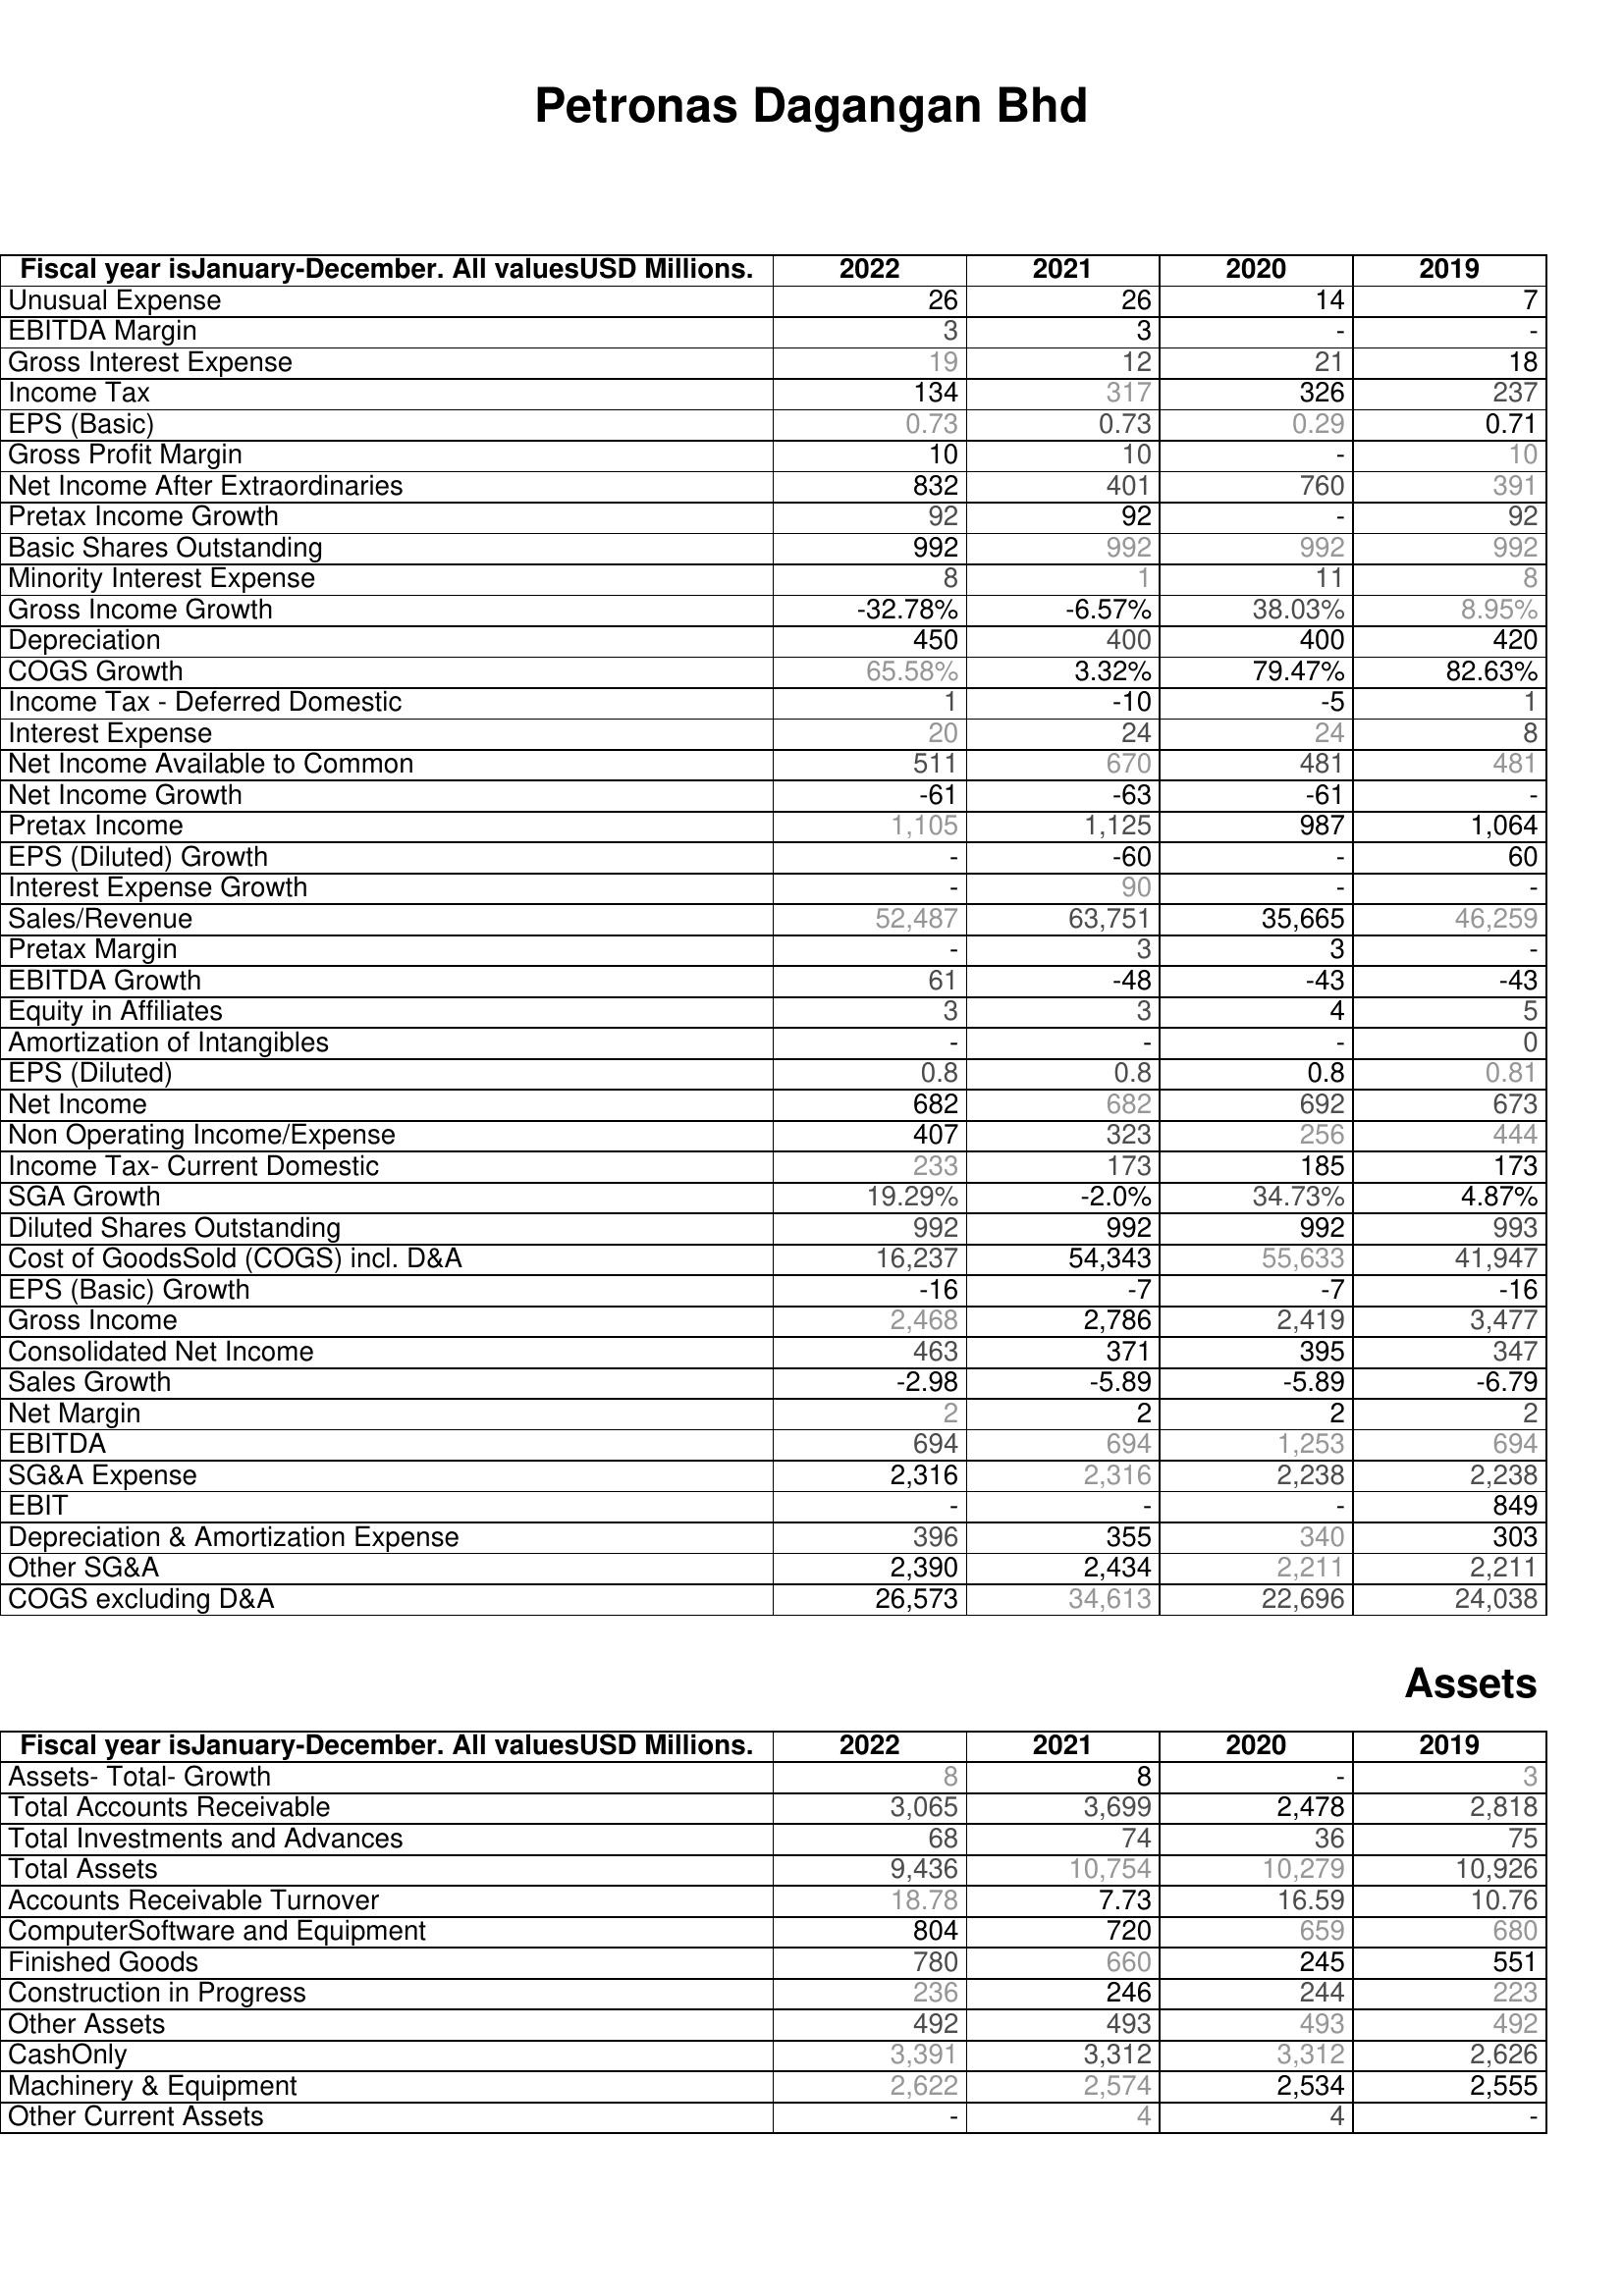
2022: : Unusual Expense: 26
EBITDA Margin: 3
Gross Interest Expense: 19
Income Tax: 134
EPS (Basic): 0.73
Gross Profit Margin: 10
Net Income After Extraordinaries: 832
Pretax Income Growth: 92
Basic Shares Outstanding: 992
Minority Interest Expense: 8
Gross Income Growth: -32.78%
Depreciation: 450
COGS Growth: 65.58%
Income Tax - Deferred Domestic: 1
Interest Expense: 20
Net Income Available to Common: 511
Net Income Growth: -61
Pretax Income: 1,105
EPS (Diluted) Growth: -
Interest Expense Growth: -
Sales/Revenue: 52,487
Pretax Margin: -
EBITDA Growth: 61
Equity in Affiliates: 3
Amortization of Intangibles: -
EPS (Diluted): 0.8
Net Income: 682
Non Operating Income/Expense: 407
Income Tax- Current Domestic: 233
SGA Growth: 19.29%
Diluted Shares Outstanding: 992
Cost of GoodsSold (COGS) incl. D&A: 16,237
EPS (Basic) Growth: -16
Gross Income: 2,468
Consolidated Net Income: 463
Sales Growth: -2.98
Net Margin: 2
EBITDA: 694
SG&A Expense: 2,316
EBIT: -
Depreciation & Amortization Expense: 396
Other SG&A: 2,390
COGS excluding D&A: 26,573
Assets: Assets- Total- Growth: 8
Total Accounts Receivable: 3,065
Total Investments and Advances: 68
Total Assets: 9,436
Accounts Receivable Turnover: 18.78
ComputerSoftware and Equipment: 804
Finished Goods: 780
Construction in Progress: 236
Other Assets: 492
CashOnly: 3,391
Machinery & Equipment: 2,622
Other Current Assets: -
2021: : Unusual Expense: 26
EBITDA Margin: 3
Gross Interest Expense: 12
Income Tax: 317
EPS (Basic): 0.73
Gross Profit Margin: 10
Net Income After Extraordinaries: 401
Pretax Income Growth: 92
Basic Shares Outstanding: 992
Minority Interest Expense: 1
Gross Income Growth: -6.57%
Depreciation: 400
COGS Growth: 3.32%
Income Tax - Deferred Domestic: -10
Interest Expense: 24
Net Income Available to Common: 670
Net Income Growth: -63
Pretax Income: 1,125
EPS (Diluted) Growth: -60
Interest Expense Growth: 90
Sales/Revenue: 63,751
Pretax Margin: 3
EBITDA Growth: -48
Equity in Affiliates: 3
Amortization of Intangibles: -
EPS (Diluted): 0.8
Net Income: 682
Non Operating Income/Expense: 323
Income Tax- Current Domestic: 173
SGA Growth: -2.0%
Diluted Shares Outstanding: 992
Cost of GoodsSold (COGS) incl. D&A: 54,343
EPS (Basic) Growth: -7
Gross Income: 2,786
Consolidated Net Income: 371
Sales Growth: -5.89
Net Margin: 2
EBITDA: 694
SG&A Expense: 2,316
EBIT: -
Depreciation & Amortization Expense: 355
Other SG&A: 2,434
COGS excluding D&A: 34,613
Assets: Assets- Total- Growth: 8
Total Accounts Receivable: 3,699
Total Investments and Advances: 74
Total Assets: 10,754
Accounts Receivable Turnover: 7.73
ComputerSoftware and Equipment: 720
Finished Goods: 660
Construction in Progress: 246
Other Assets: 493
CashOnly: 3,312
Machinery & Equipment: 2,574
Other Current Assets: 4
2020: : Unusual Expense: 14
EBITDA Margin: -
Gross Interest Expense: 21
Income Tax: 326
EPS (Basic): 0.29
Gross Profit Margin: -
Net Income After Extraordinaries: 760
Pretax Income Growth: -
Basic Shares Outstanding: 992
Minority Interest Expense: 11
Gross Income Growth: 38.03%
Depreciation: 400
COGS Growth: 79.47%
Income Tax - Deferred Domestic: -5
Interest Expense: 24
Net Income Available to Common: 481
Net Income Growth: -61
Pretax Income: 987
EPS (Diluted) Growth: -
Interest Expense Growth: -
Sales/Revenue: 35,665
Pretax Margin: 3
EBITDA Growth: -43
Equity in Affiliates: 4
Amortization of Intangibles: -
EPS (Diluted): 0.8
Net Income: 692
Non Operating Income/Expense: 256
Income Tax- Current Domestic: 185
SGA Growth: 34.73%
Diluted Shares Outstanding: 992
Cost of GoodsSold (COGS) incl. D&A: 55,633
EPS (Basic) Growth: -7
Gross Income: 2,419
Consolidated Net Income: 395
Sales Growth: -5.89
Net Margin: 2
EBITDA: 1,253
SG&A Expense: 2,238
EBIT: -
Depreciation & Amortization Expense: 340
Other SG&A: 2,211
COGS excluding D&A: 22,696
Assets: Assets- Total- Growth: -
Total Accounts Receivable: 2,478
Total Investments and Advances: 36
Total Assets: 10,279
Accounts Receivable Turnover: 16.59
ComputerSoftware and Equipment: 659
Finished Goods: 245
Construction in Progress: 244
Other Assets: 493
CashOnly: 3,312
Machinery & Equipment: 2,534
Other Current Assets: 4
2019: : Unusual Expense: 7
EBITDA Margin: -
Gross Interest Expense: 18
Income Tax: 237
EPS (Basic): 0.71
Gross Profit Margin: 10
Net Income After Extraordinaries: 391
Pretax Income Growth: 92
Basic Shares Outstanding: 992
Minority Interest Expense: 8
Gross Income Growth: 8.95%
Depreciation: 420
COGS Growth: 82.63%
Income Tax - Deferred Domestic: 1
Interest Expense: 8
Net Income Available to Common: 481
Net Income Growth: -
Pretax Income: 1,064
EPS (Diluted) Growth: 60
Interest Expense Growth: -
Sales/Revenue: 46,259
Pretax Margin: -
EBITDA Growth: -43
Equity in Affiliates: 5
Amortization of Intangibles: 0
EPS (Diluted): 0.81
Net Income: 673
Non Operating Income/Expense: 444
Income Tax- Current Domestic: 173
SGA Growth: 4.87%
Diluted Shares Outstanding: 993
Cost of GoodsSold (COGS) incl. D&A: 41,947
EPS (Basic) Growth: -16
Gross Income: 3,477
Consolidated Net Income: 347
Sales Growth: -6.79
Net Margin: 2
EBITDA: 694
SG&A Expense: 2,238
EBIT: 849
Depreciation & Amortization Expense: 303
Other SG&A: 2,211
COGS excluding D&A: 24,038
Assets: Assets- Total- Growth: 3
Total Accounts Receivable: 2,818
Total Investments and Advances: 75
Total Assets: 10,926
Accounts Receivable Turnover: 10.76
ComputerSoftware and Equipment: 680
Finished Goods: 551
Construction in Progress: 223
Other Assets: 492
CashOnly: 2,626
Machinery & Equipment: 2,555
Other Current Assets: -